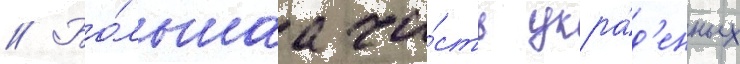
// Бо́льшаа ча́сть укра́д'енных